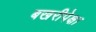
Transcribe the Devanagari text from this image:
बखरीपेक्षा